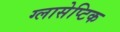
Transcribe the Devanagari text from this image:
ग्लासेप्टिक